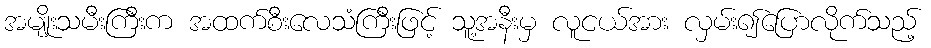
အမျိုးသမီးကြီးက အထက်စီးလေသံကြီးဖြင့် သူ့အနီးမှ လူငယ်အား လှမ်း၍ပြောလိုက်သည့်